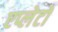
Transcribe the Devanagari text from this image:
एप्लेटों